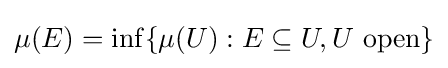
\mu (E)=\inf\{\mu (U):E\subseteq U,U{\mbox{ open}}\}